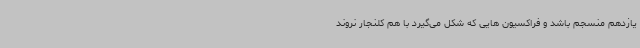
یازدهم منسجم باشد و فراکسیون هایی که شکل می‌گیرد با هم کلنجار نروند